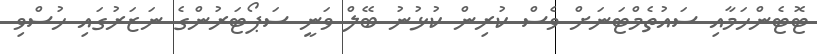
ޓޮޓެންހަމާއި ސައުތެމްޓަނަށް ވެސް ކުރިން ކުޅުނު ބޭލް ވަނީ ސަޕޯޓަރުންގެ ނަޒަރުގައި ހުސްވި